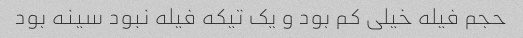
حجم فیله خیلی کم بود و یک تیکه فیله نبود سینه بود